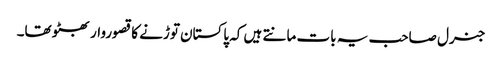
جنرل صاحب یہ بات مانتے ہیں کہ پاکستان توڑنے کا قصوروار بھٹو تھا۔